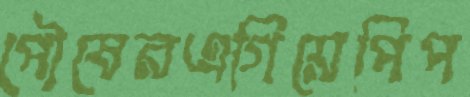
পৌষেরএগিয়েপিপ